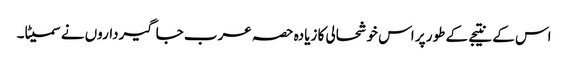
اس کے نتیجے کے طور پر اس خوشحالی کا زیادہ حصہ عرب جاگیرداروں نے سمیٹا۔